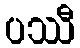
ပဿီ